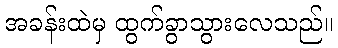
အခန်းထဲမှ ထွက်ခွာသွားလေသည်။